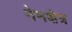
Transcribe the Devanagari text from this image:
नेमक्षेत्र